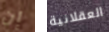
إن العقلانية